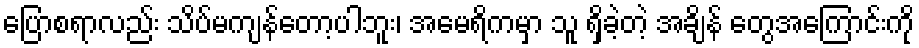
ပြောစရာလည်း သိပ်မကျန်တော့ပါဘူး၊ အမေရိကမှာ သူ ရှိခဲ့တဲ့ အချိန် တွေအကြောင်းကို